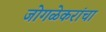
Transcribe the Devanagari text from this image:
जोगळेकरांचा